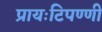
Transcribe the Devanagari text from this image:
प्रायःटिपण्णी